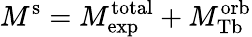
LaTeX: M^{\mathrm{s}}=M_{\mathrm{exp}}^{\mathrm{total}}+M_{\mathrm{Tb}}^{\mathrm{orb}}